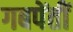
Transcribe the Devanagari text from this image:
गबपेंतीं